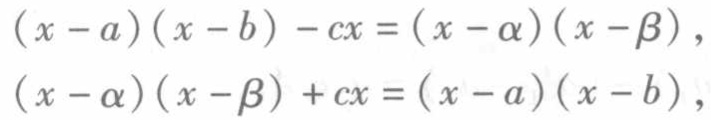
\((x - a)(x - b) - cx = (x - \alpha)(x - \beta)\)，
\((x - \alpha)(x - \beta) + cx = (x - a)(x - b)\)，